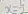
x = - 5